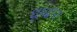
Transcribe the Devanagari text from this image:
धूपद्वारा